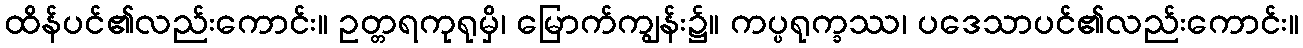
ထိန်ပင်၏လည်းကောင်း။ ဥတ္တရကုရုမှိ၊ မြောက်ကျွန်း၌။ ကပ္ပရုက္ခဿ၊ ပဒေသာပင်၏လည်းကောင်း။